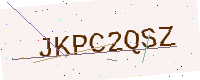
Text: JKPC2QSZ